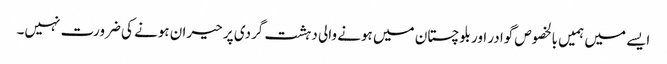
ایسے میں ہمیں بالخصوص گوادر اور بلوچستان میں ہونے والی دہشت گردی پر حیران ہونے کی ضرورت نہیں۔